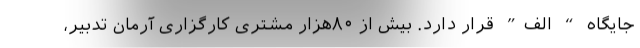
جایگاه “ الف” قرار دارد. بیش از ۸۰هزار مشتری کارگزاری آرمان تدبیر،